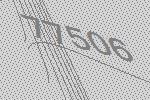
77506